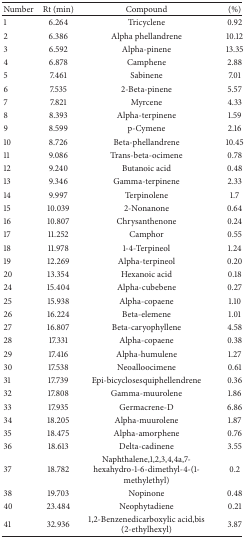
<table><thead><tr><td><b>Number</b></td><td><b>Rt (min)</b></td><td><b>Compound</b></td><td><b>(%)</b></td></tr></thead><tbody><tr><td>1</td><td>6.264</td><td>Tricyclene</td><td>0.92</td></tr><tr><td>2</td><td>6.386</td><td>Alpha phellandrene</td><td>10.12</td></tr><tr><td>3</td><td>6.592</td><td>Alpha-pinene</td><td>13.35</td></tr><tr><td>4</td><td>6.878</td><td>Camphene</td><td>2.88</td></tr><tr><td>5</td><td>7.461</td><td>Sabinene</td><td>7.01</td></tr><tr><td>6</td><td>7.535</td><td>2-Beta-pinene</td><td>5.57</td></tr><tr><td>7</td><td>7.821</td><td>Myrcene</td><td>4.33</td></tr><tr><td>8</td><td>8.393</td><td>Alpha-terpinene</td><td>1.59</td></tr><tr><td>9</td><td>8.599</td><td>p-Cymene</td><td>2.16</td></tr><tr><td>10</td><td>8.726</td><td>Beta-phellandrene</td><td>10.45</td></tr><tr><td>11</td><td>9.086</td><td>Trans-beta-ocimene</td><td>0.78</td></tr><tr><td>12</td><td>9.240</td><td>Butanoic acid</td><td>0.48</td></tr><tr><td>13</td><td>9.346</td><td>Gamma-terpinene</td><td>2.33</td></tr><tr><td>14</td><td>9.997</td><td>Terpinolene</td><td>1.7</td></tr><tr><td>15</td><td>10.039</td><td>2-Nonanone</td><td>0.64</td></tr><tr><td>16</td><td>10.807</td><td>Chrysanthenone</td><td>0.24</td></tr><tr><td>17</td><td>11.252</td><td>Camphor</td><td>0.55</td></tr><tr><td>18</td><td>11.978</td><td>1-4-Terpineol</td><td>1.24</td></tr><tr><td>19</td><td>12.269</td><td>Alpha-terpineol</td><td>0.20</td></tr><tr><td>20</td><td>13.354</td><td>Hexanoic acid</td><td>0.18</td></tr><tr><td>24</td><td>15.404</td><td>Alpha-cubebene</td><td>0.27</td></tr><tr><td>25</td><td>15.938</td><td>Alpha-copaene</td><td>1.10</td></tr><tr><td>26</td><td>16.224</td><td>Beta-elemene</td><td>1.01</td></tr><tr><td>27</td><td>16.807</td><td>Beta-caryophyllene</td><td>4.58</td></tr><tr><td>28</td><td>17.331</td><td>Alpha-copaene</td><td>0.38</td></tr><tr><td>29</td><td>17.416</td><td>Alpha-humulene</td><td>1.27</td></tr><tr><td>30</td><td>17.538</td><td>Neoalloocimene</td><td>0.61</td></tr><tr><td>31</td><td>17.739</td><td>Epi-bicyclosesquiphellendrene</td><td>0.36</td></tr><tr><td>32</td><td>17.808</td><td>Gamma-muurolene</td><td>1.86</td></tr><tr><td>33</td><td>17.935</td><td>Germacrene-D</td><td>6.86</td></tr><tr><td>34</td><td>18.205</td><td>Alpha-muurolene</td><td>1.87</td></tr><tr><td>35</td><td>18.475</td><td>Alpha-amorphene</td><td>0.76</td></tr><tr><td>36</td><td>18.613</td><td>Delta-cadinene</td><td>3.55</td></tr><tr><td>37</td><td>18.782</td><td>Naphthalene,1,2,3,4,4a,7-hexahydro-1-6-dimethyl-4-(1-methylethyl)</td><td>0.2</td></tr><tr><td>38</td><td>19.703</td><td>Nopinone</td><td>0.48</td></tr><tr><td>40</td><td>23.484</td><td>Neophytadiene</td><td>0.21</td></tr><tr><td>41</td><td>32.936</td><td>1,2-Benzenedicarboxylic acid,bis (2-ethylhexyl)</td><td>3.87</td></tr></tbody></table>